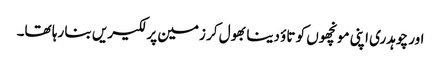
اور چوہدری اپنی مونچھوں کو تاؤ دینا بھول کر زمین پر لکیریں بنا رہا تھا۔